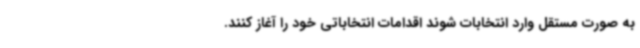
به صورت مستقل وارد انتخابات شوند اقدامات انتخاباتی خود را آغاز کنند.